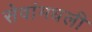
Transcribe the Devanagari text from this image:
सेवांमधली